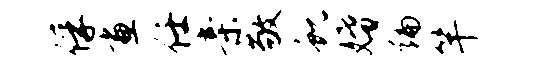
俘画任亲敬蜕婚编竿